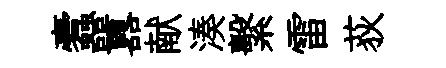
蠧囂献湊繫雷荻